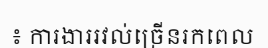
៖ ការងាររវល់ច្រើនរកពេល